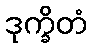
ဒုက္ခိတံ